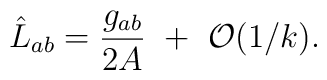
\hat L_{ab}={g_{ab}\over2A}~+~{\cal O}(1/k).